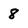
Character: 8